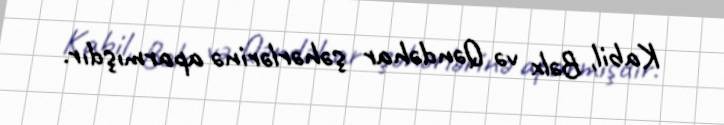
Kabil, Bəlx və Qəndəhar şəhərlərinə aparmışdır.